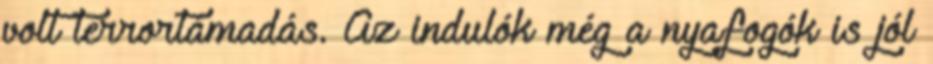
volt terrortámadás. Az indulók még a nyafogók is jól